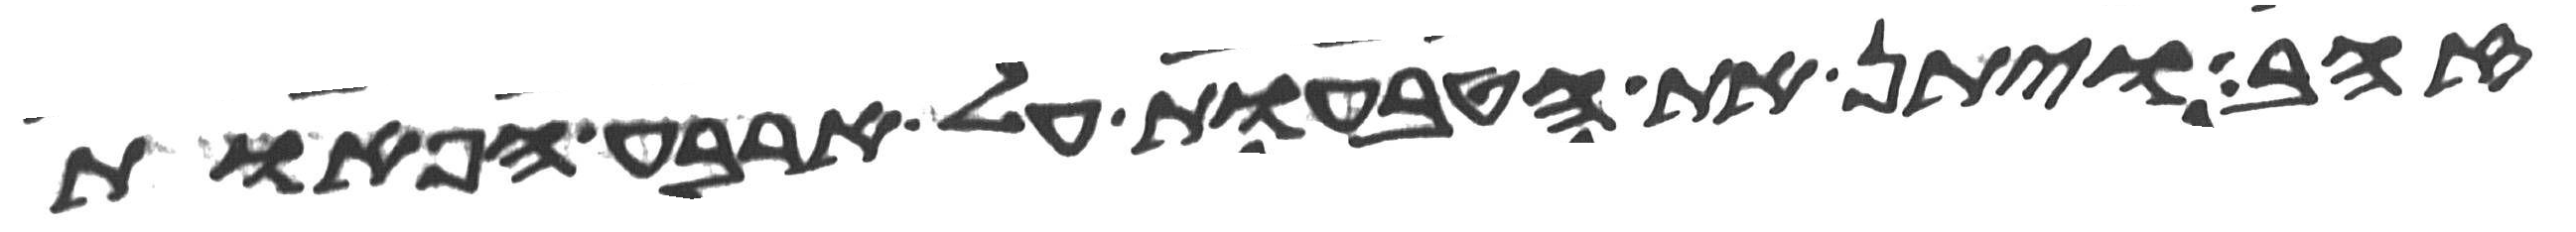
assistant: זהב ויתן את הטבעות על ארבע הפאות